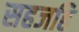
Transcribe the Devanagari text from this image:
सहजहि